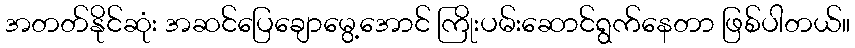
အတတ်နိုင်ဆုံး အဆင်ပြေချောမွေ့အောင် ကြိုးပမ်းဆောင်ရွက်နေတာ ဖြစ်ပါတယ်။